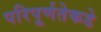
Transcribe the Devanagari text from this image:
परिपूर्णतेकडे